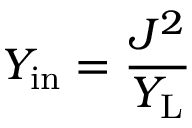
Y _ { \mathrm { i n } } = \frac { J ^ { 2 } } { Y _ { \mathrm { L } } }